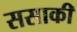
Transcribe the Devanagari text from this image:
ससाकी